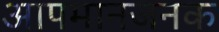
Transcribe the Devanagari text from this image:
आपमानजनक